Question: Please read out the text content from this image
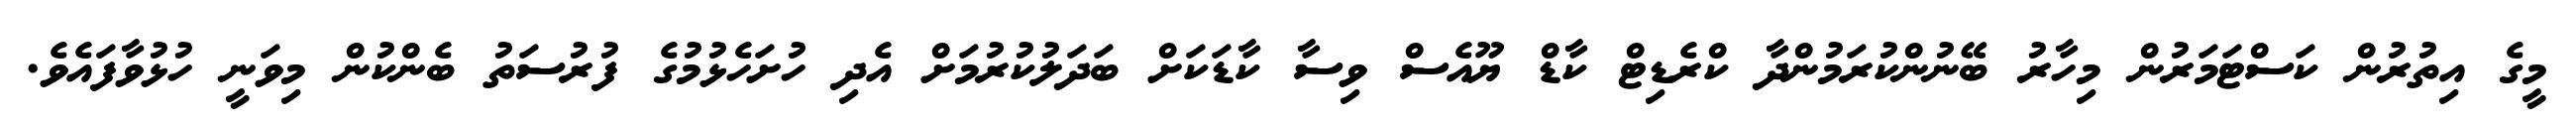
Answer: މީގެ އިތުރުން ކަސްޓަމަރުން މިހާރު ބޭނުންކުރަމުންދާ ކްރެޑިޓް ކާޑް ޔޫއެސް ވިސާ ކާޑަކަށް ބަދަލުކުރުމަށް އެދި ހުށަހެޅުމުގެ ފުރުސަތު ބެންކުން މިވަނީ ހުޅުވާފައެވެ.